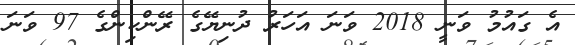
އެ ގައުމު ވަނީ 2018 ވަނަ އަހަރު ދުނިޔޭގެ ރޭންކިންގެ 97 ވަނަ